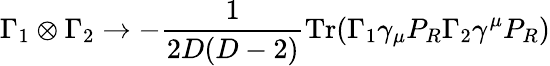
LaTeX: \Gamma_{1}\otimes\Gamma_{2}\rightarrow-\frac{1}{2D(D-2)}\mathrm{Tr}(\Gamma_{1}\gamma_{\mu}P_{R}\Gamma_{2}\gamma^{\mu}P_{R})